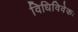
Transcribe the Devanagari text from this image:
विधिविवेकः